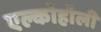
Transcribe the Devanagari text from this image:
एल्कोहॉली